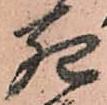
死